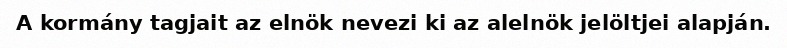
A kormány tagjait az elnök nevezi ki az alelnök jelöltjei alapján.